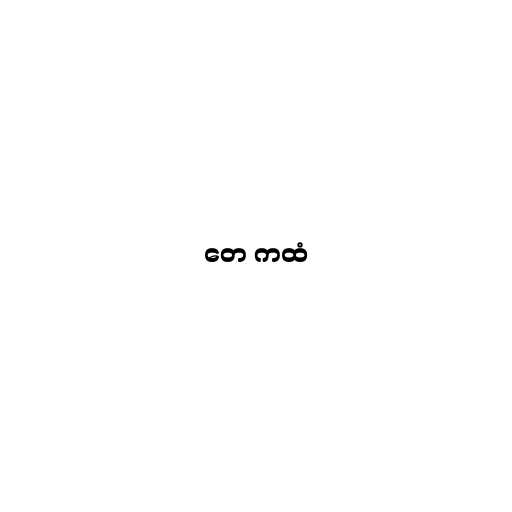
တေ ကထံ